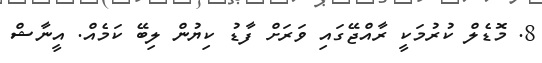
8. މޮޑެލް ކުރުމަކީ ރާއްޖޭގައި ވަރަށް ފާޑު ކިޔުން ލިބޭ ކަމެއް. އީނާޝް